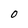
Character: 0